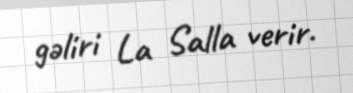
gəliri La Salla verir.